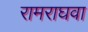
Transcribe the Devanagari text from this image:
रामराघवा